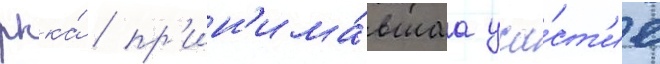
ркка́ / пр'ин'има́вшаа уча́ст'ие